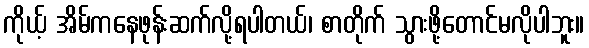
ကိုယ့် အိမ်ကနေဖုန်းဆက်လို့ရပါတယ်၊ စာတိုက် သွားဖို့တောင်မလိုပါဘူး။